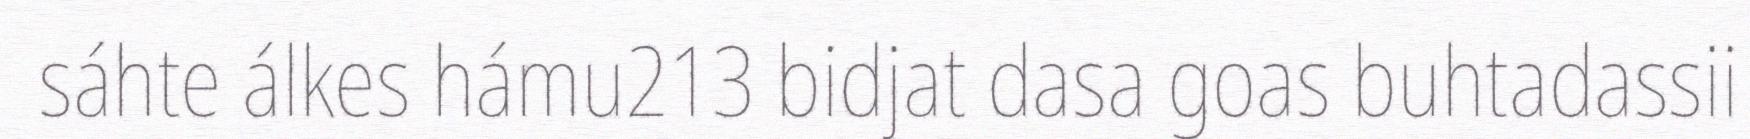
sáhte álkes hámu213 bidjat dasa goas buhtadassii